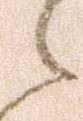
之